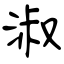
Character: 淑